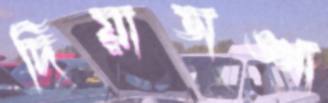
দিয়াডাঙ্গা